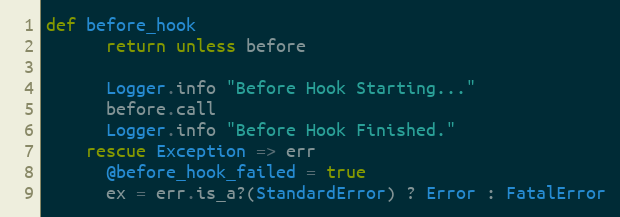
Language: Ruby
def before_hook
      return unless before

      Logger.info "Before Hook Starting..."
      before.call
      Logger.info "Before Hook Finished."
    rescue Exception => err
      @before_hook_failed = true
      ex = err.is_a?(StandardError) ? Error : FatalError